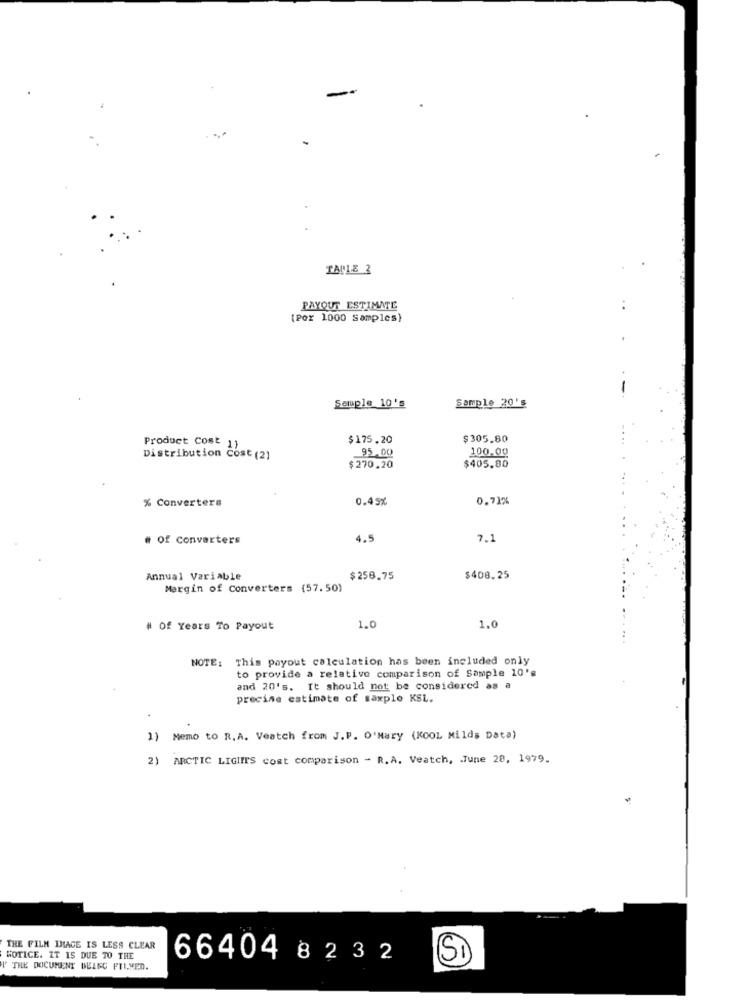
-
TALLE 2
PAYOUT ESTIMATE
(Por 1000 Samples)
Sauple 10's
Sample 20's
Product Cost
$175.20
$305.80
Distribution cost (2)
95.00
100.00
$270.20
$405.80
% Converters
0.45%
0.71%
# Of Converters
4.5
7.1
Annual Variable
$258.75
$408.25
Margin of Converters (57.50)
# Of Years To Payout
1.0
1.0
NOTE: This payout calculation has been included only
to provide a relative comparison of Sample 10's
and 20's. It should not be considered as a
precise estimate of saxplo KSL.
1) Memo to R.A. Veatch from J.P. O'Mary (KOOL Milds Data)
2) ARCTIC LIGIIT'S cost comparison - R.A. Veatch, June 28, 1979.
THE FILM INACE IS LESS CLEAR
GOTICE. IT IS DUE TO THE
66404 82 3 2
SI
I' THE DOCUMENT DELEC FUIMED.